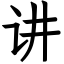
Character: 讲